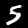
Label: 5